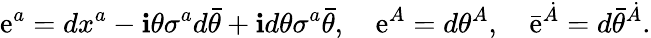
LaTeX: \mathrm{e}^{a}=dx^{a}-\mathbf{i}\theta\sigma^{a}d\bar{{\theta}}+\mathbf{i}d\theta\sigma^{a}\bar{{\theta}},\quad\mathrm{e}^{A}=d\theta^{A},\quad\bar{{\mathrm{e}}}^{\dot{{A}}}=d\bar{{\theta}}^{\dot{{A}}}.